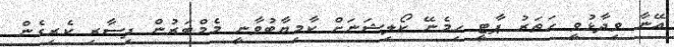
އޭނާ ވިދާޅުވީ ހަތަރު ޕާޓީ ހިމެނޭ ކޯލިޝަނަށް ކާމިޔާބުވާނީ މެމްބަރުން ފިސާރި ކެރިގެން